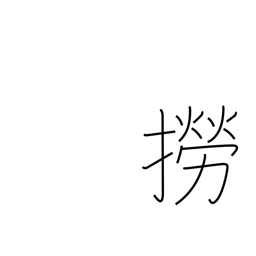
Meaning: catch fish